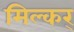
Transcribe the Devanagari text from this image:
मिल्कर्